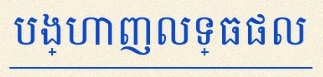
បង្ហាញលទ្ធផល